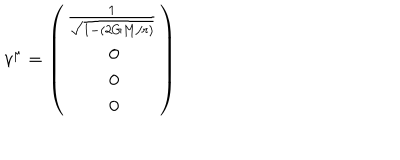
LaTeX: v ^ { \mu } = \left( \begin{matrix} { { \frac { 1 } { \sqrt { 1 - ( 2 G M / r ) } } } } \\ { { { } ~ 0 } } \\ { { { } ~ 0 } } \\ { { { } ~ 0 } } \\ \end{matrix} \right)